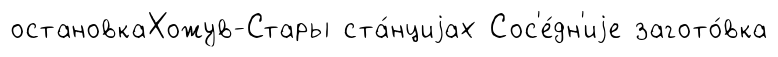
остановкаХожув-Стары ста́нциjах Сос'е́дн'иjе загото́вка